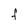
Character: F